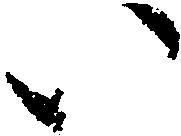
い